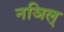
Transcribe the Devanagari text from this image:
नञिल्